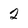
Character: 2